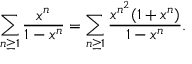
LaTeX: \sum _ { n \geq 1 } { \frac { x ^ { n } } { 1 - x ^ { n } } } = \sum _ { n \geq 1 } { \frac { x ^ { n ^ { 2 } } ( 1 + x ^ { n } ) } { 1 - x ^ { n } } } .